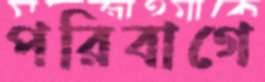
পরিবাগে